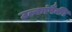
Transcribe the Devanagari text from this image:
उल्कांपैकी